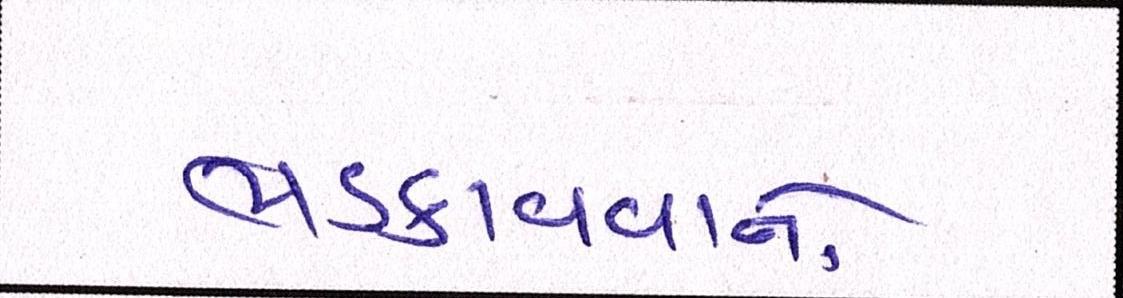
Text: ભડકાવવાનો